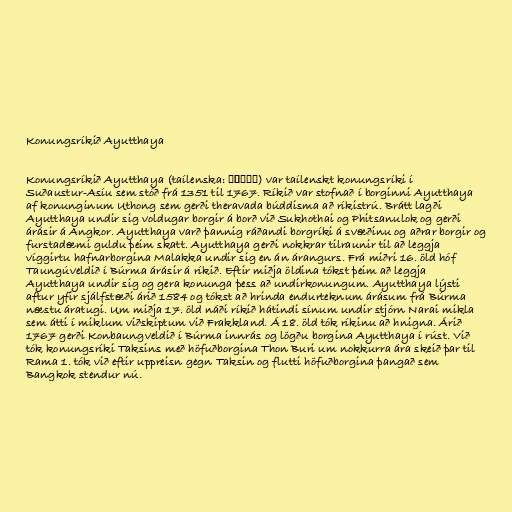
Konungsríkið Ayutthaya

Konungsríkið Ayutthaya (taílenska: อยุธยา) var taílenskt konungsríki í
Suðaustur-Asíu sem stóð frá 1351 til 1767. Ríkið var stofnað í borginni Ayutthaya
af konunginum Uthong sem gerði theravada búddisma að ríkistrú. Brátt lagði
Ayutthaya undir sig voldugar borgir á borð við Sukhothai og Phitsanulok og gerði
árásir á Angkor. Ayutthaya varð þannig ráðandi borgríki á svæðinu og aðrar borgir og
furstadæmi guldu þeim skatt. Ayutthaya gerði nokkrar tilraunir til að leggja
víggirtu hafnarborgina Malakka undir sig en án árangurs. Frá miðri 16. öld hóf
Taungúveldið í Búrma árásir á ríkið. Eftir miðja öldina tókst þeim að leggja
Ayutthaya undir sig og gera konunga þess að undirkonungum. Ayutthaya lýsti
aftur yfir sjálfstæði árið 1584 og tókst að hrinda endurteknum árásum frá Búrma
næstu áratugi. Um miðja 17. öld náði ríkið hátindi sínum undir stjórn Narai mikla
sem átti í miklum viðskiptum við Frakkland. Á 18. öld tók ríkinu að hnigna. Árið
1767 gerði Konbaungveldið í Búrma innrás og lögðu borgina Ayutthaya í rúst. Við
tók konungsríki Taksins með höfuðborgina Thon Buri um nokkurra ára skeið þar til
Rama 1. tók við eftir uppreisn gegn Taksin og flutti höfuðborgina þangað sem
Bangkok stendur nú.